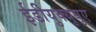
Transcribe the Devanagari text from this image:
ईडीयुक्युयुए